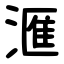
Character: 滙